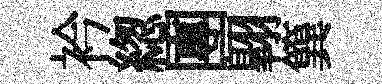
衿緫團翺簨